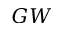
G W